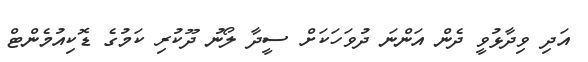
އަދި ވިދާޅުވީ ދެން އަންނަ ދުވަހަކަށް ސީދާ ލޯނު ދޫކުރި ކަމުގެ ޑޮކިއުމެންޓް